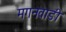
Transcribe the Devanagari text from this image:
मगनवाडी